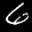
Label: 6